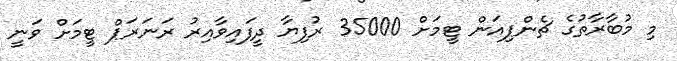
މި މުބާރާތުގެ ޗެންޕިއަން ޓީމަށް 35000 ރުފިޔާ ދީފައިވާއިރު ރަނަރަޕް ޓީމަށް ވަނީ